Annual administration and progress report of the Indian Medical Department, Bombay
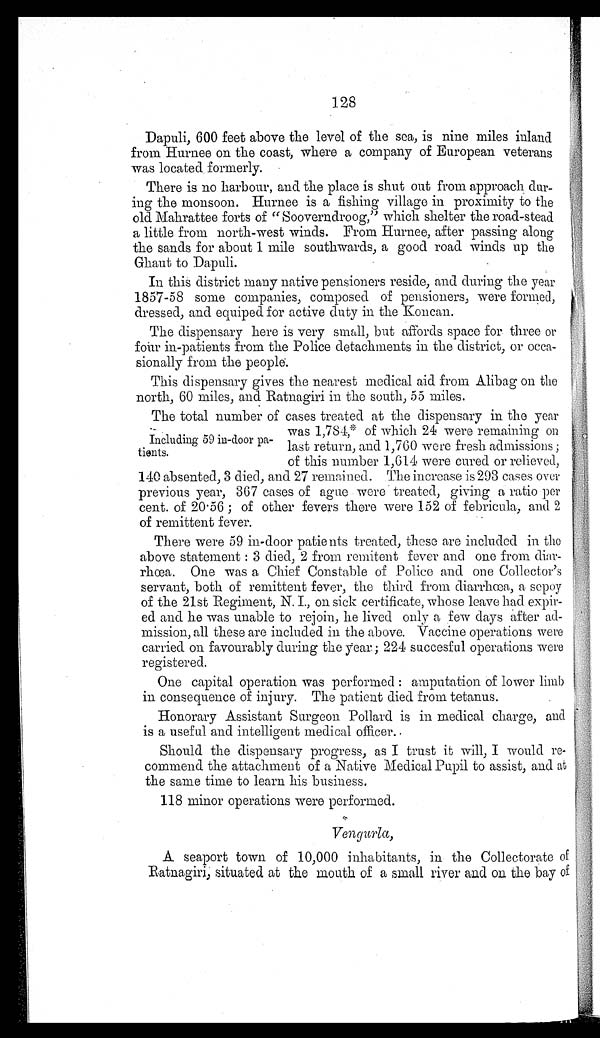
128
Dapuli, 600 feet above the level of the sea, is nine miles inland
from Hurnee on the coast, where a company of European veterans
was located formerly.
There is no harbour, and the place is shut out from approach dur-
ing the monsoon. Hurnee is a fishing village in proximity to the
old Mahrattee forts of "Sooverndroog," which shelter the road-stead
a little from north-west winds. From Hurnee, after passing along
the sands for about 1 mile southwards, a good road winds up the
Ghaut to Dapuli.
In this district many native pensioners reside, and during the year
1857-58 some companies, composed of pensioners, were formed,
dressed, and equiped for active duty in the Koncan.
The dispensary here is very small, but affords space for three or
four in-patients from the Police detachments in the district, or occa-
sionally from the people.
This dispensary gives the nearest medical aid from Alibag on the
north, 60 miles, and Ratnagiri in the south, 55 miles.
The total number of cases treated at the dispensary in the year
Including 59 in-door pa-
tients.
was 1,784,* of which 24 were remaining on
last return, and 1,760 were fresh admissions ;
of this number 1,614 were cured or relieved,
140 absented, 3 died, and 27 remained. The increase is 293 cases over
previous year, 367 cases of ague were treated, giving a ratio per
cent. of 20.56 ; of other fevers there were 152 of febricula, and 2
of remittent fever.
There were 59 in-door patients treated, these are included in the
above statement : 3 died, 2 from remitent fever and one from diar-
rhœa. One was a Chief Constable of Police and one Collector's
servant, both of remittent fever, the third from diarrhœa, a sepoy
of the 21st Regiment, N. I., on sick certificate, whose leave had expir-
ed and he was unable to rejoin, he lived only a few days after ad-
mission, all these are included in the above. Vaccine operations were
carried on favourably during the year ; 224 succesful operations were
registered.
One capital operation was performed : amputation of lower limb
in consequence of injury. The patient died from tetanus.
Honorary Assistant Surgeon Pollard is in medical charge, and
is a useful and intelligent medical officer.
Should the dispensary progress, as I trust it will, I would re-
commend the attachment of a Native Medical Pupil to assist, and at
the same time to learn his business.
118 minor operations were performed.
Vengurla,
A seaport town of 10,000 inhabitants, in the Collectorate of
Ratnagiri, situated at the mouth of a small river and on the bay of